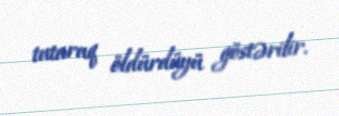
tutaraq öldürdüyü göstərilir.